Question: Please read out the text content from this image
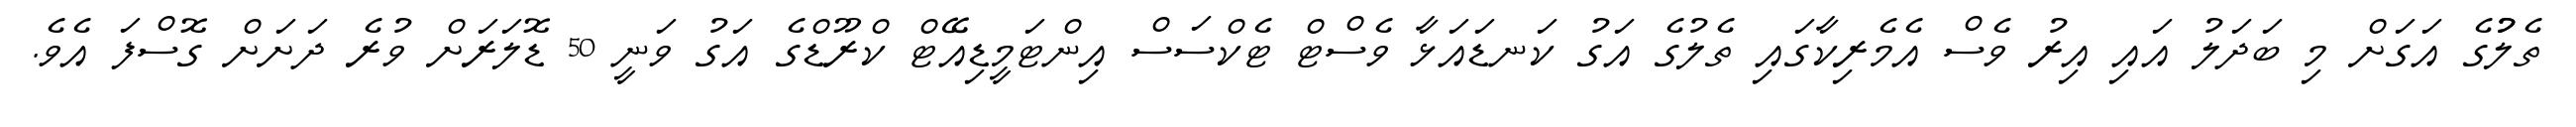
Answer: ތެލުުގެ އަގަށް މި ބަދަލު އައި އިރު ވެސް އެމެރިކާގައި ތެލުގެ އަގު ކަނޑައަޅާ ވެސްޓް ޓެކްސަސް އިންޓަމީޑިއޭޓް ކްރޫޑްގެ އަގު ވަނީ 50 ޑޮލަރަށް ވުރެ ދަށަށް ގޮސްފަ އެވެ.